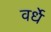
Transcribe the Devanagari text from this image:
वर्धे